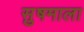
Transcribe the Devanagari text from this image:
सु़षमाला